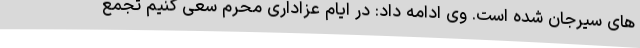
های سیرجان شده است. وی ادامه داد: در ایام عزاداری محرم سعی کنیم تجمع